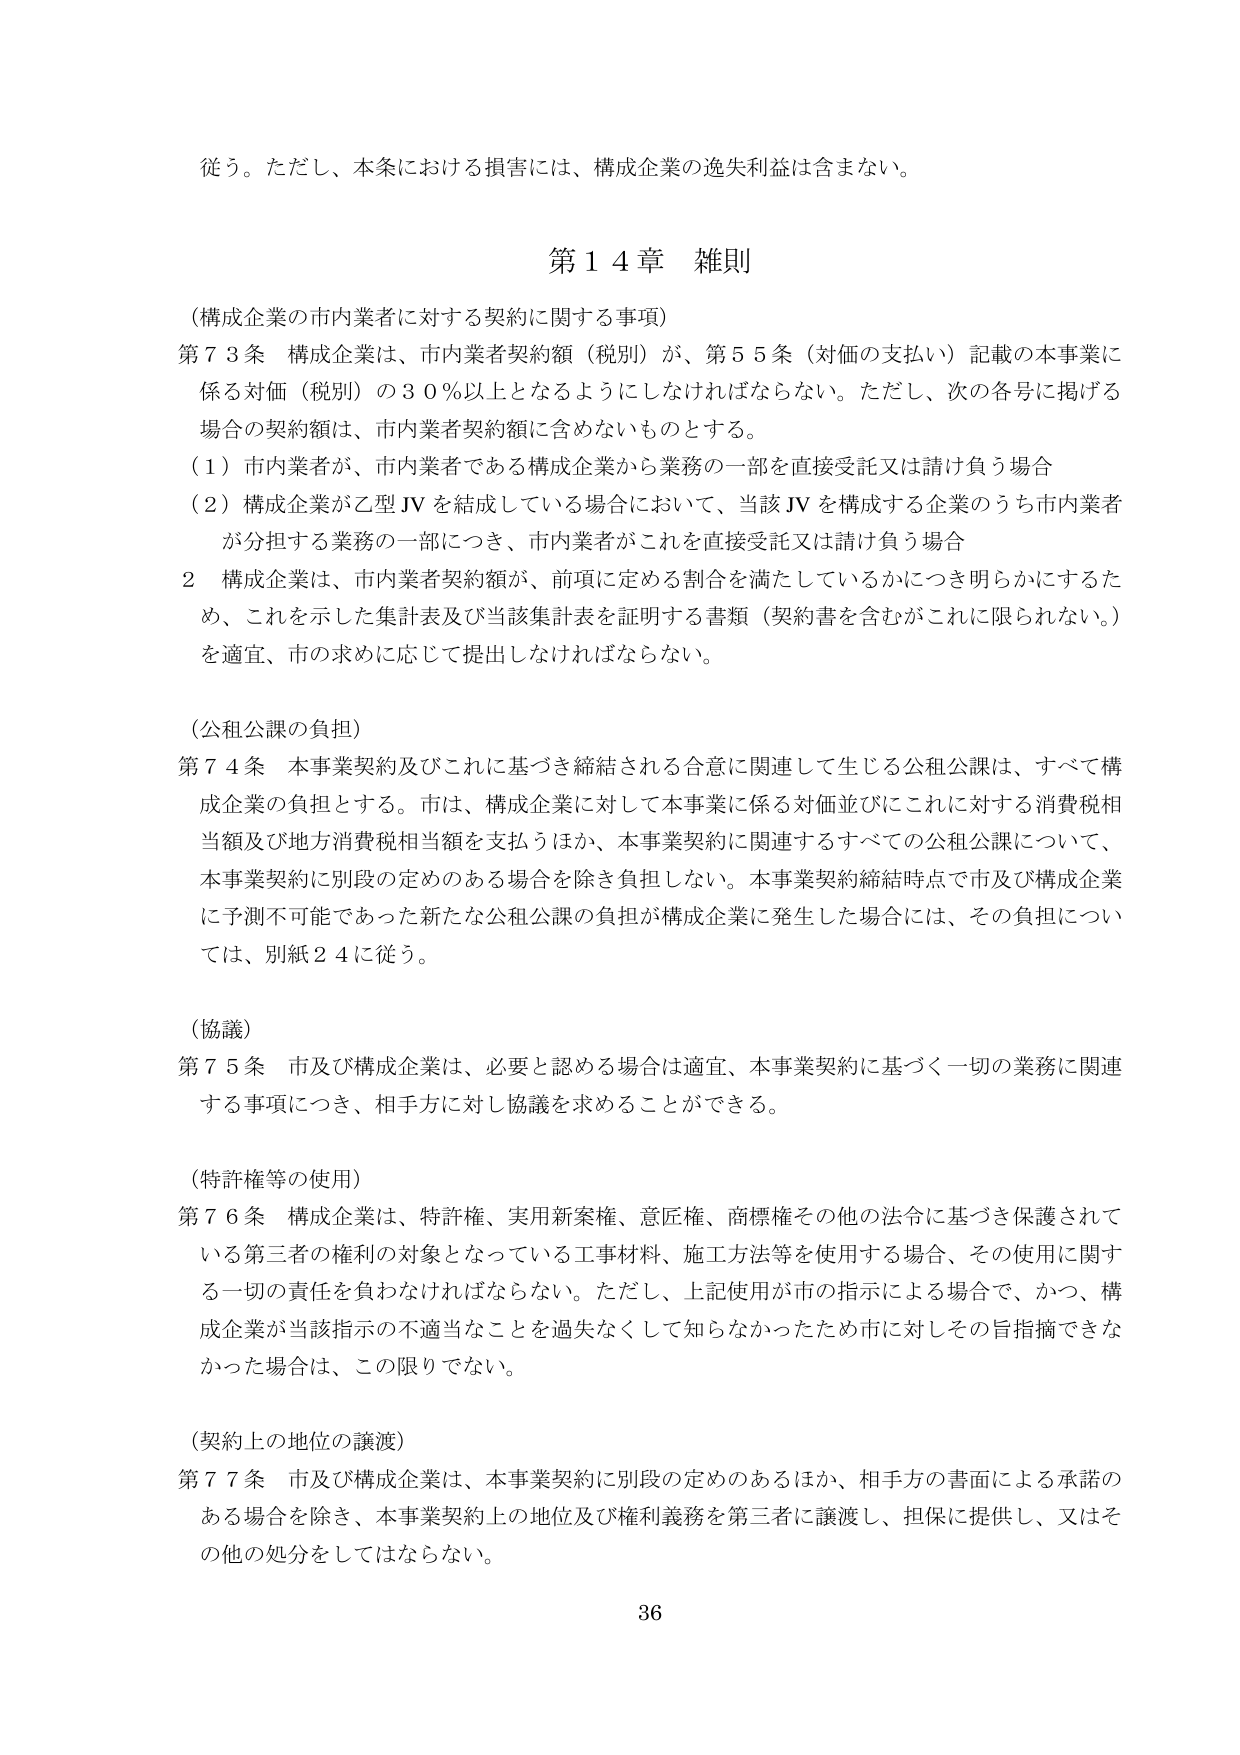
従う。ただし、本条における損害には、構成企業の逸失利益は含まない。

第１４章 雑則

（構成企業の市内業者に対する契約に関する事項）

第７３条 構成企業は、市内業者契約額（税別）が、第５５条（対価の支払い）記載の本事業に係る対価（税別）の３０％以上となるようにしなければならない。ただし、次の各号に掲げる場合の契約額は、市内業者契約額に含めないものとする。

（１）市内業者が、市内業者である構成企業から業務の一部を直接受託又は請け負う場合

（２）構成企業が乙型JVを結成している場合において、当該JVを構成する企業のうち市内業者が分担する業務の一部につき、市内業者がこれを直接受託又は請け負う場合

２ 構成企業は、市内業者契約額が、前項に定める割合を満たしているかにつき明らかにするため、これを示した集計表及び当該集計表を証明する書類（契約書を含むがこれに限られない。）を適宜、市の求めに応じて提出しなければならない。

（公租公課の負担）

第７４条 本事業契約及びこれに基づき締結される合意に関連して生じる公租公課は、すべて構成企業の負担とする。市は、構成企業に対して本事業に係る対価並びにこれに対する消費税相当額及び地方消費税相当額を支払うほか、本事業契約に関連するすべての公租公課について、本事業契約に別段の定めのある場合を除き負担しない。本事業契約締結時点で市及び構成企業に予測不可能であった新たな公租公課の負担が構成企業に発生した場合には、その負担については、別紙２４に従う。

（協議）

第７５条 市及び構成企業は、必要と認める場合は適宜、本事業契約に基づく一切の業務に関連する事項につき、相手方に対し協議を求めることができる。

（特許権等の使用）

第７６条 構成企業は、特許権、実用新案権、意匠権、商標権その他の法令に基づき保護されている第三者の権利の対象となっている工事材料、施工方法等を使用する場合、その使用に関する一切の責任を負わなければならない。ただし、上記使用が市の指示による場合で、かつ、構成企業が当該指示の不適当なことを過失なくして知らなかったため市に対しその旨指摘できなかった場合は、この限りでない。

（契約上の地位の譲渡）

第７７条 市及び構成企業は、本事業契約に別段の定めのあるほか、相手方の書面による承諾のある場合を除き、本事業契約上の地位及び権利義務を第三者に譲渡し、担保に提供し、又はその他の処分をしてはならない。

36